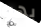
بهو